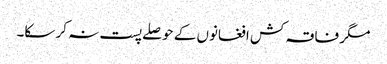
مگر فاقہ کش افغانوں کے حوصلے پست نہ کر سکا۔